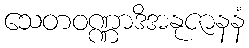
သေတဝဏ္ဏာဒိအနုဇာနနံ